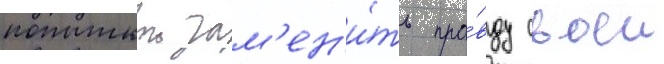
попыткои зам'ен'и́ть пра́вду своеи